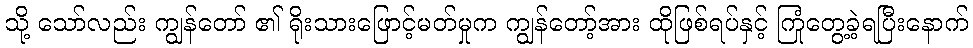
သို့ သော်လည်း ကျွန်တော် ၏ ရိုးသားဖြောင့်မတ်မှုက ကျွန်တော့်အား ထိုဖြစ်ရပ်နှင့် ကြုံတွေ့ခဲ့ရပြီးနောက်